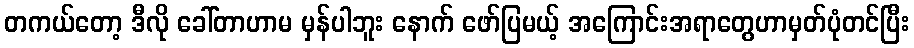
တကယ်တော့ ဒီလို ခေါ်တာဟာမ မှန်ပါဘူး နောက် ဖော်ပြမယ့် အကြောင်းအရာတွေဟာမှတ်ပုံတင်ပြီး